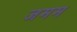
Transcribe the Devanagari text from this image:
जमम